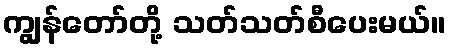
ကျွန်တော်တို့ သတ်သတ်စီပေးမယ်။